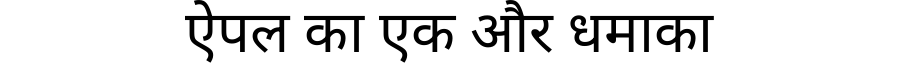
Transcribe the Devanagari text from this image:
ऐपल का एक और धमाका